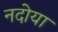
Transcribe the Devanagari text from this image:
नदोया